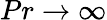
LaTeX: Pr\rightarrow\infty